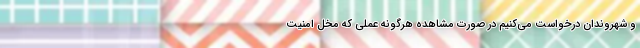
و شهروندان درخواست می‌کنیم در صورت مشاهده هرگونه عملی که مخل امنیت